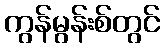
ကွန်မွန်းစ်တွင်